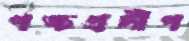
পঙ্চপ্রদীপ